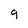
Character: g